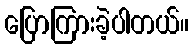
ပြောကြားခဲ့ပါတယ်။